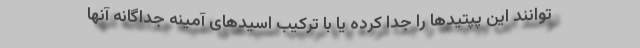
توانند این پپتیدها را جدا کرده یا با ترکیب اسیدهای آمینه جداگانه آنها